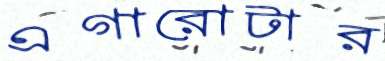
এগারোটার